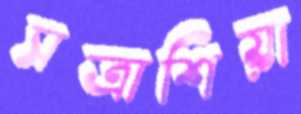
সত্রাশিয়া